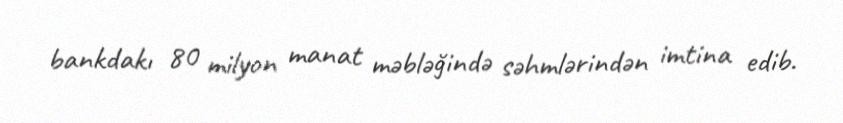
bankdakı 80 milyon manat məbləğində səhmlərindən imtina edib.